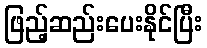
ဖြည့်ဆည်းပေးနိုင်ပြီး